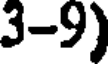
3-9)